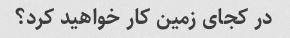
در کجای زمین کار خواهید کرد؟